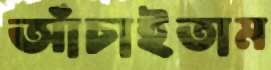
আঁচাইতাম